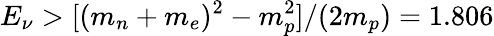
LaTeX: E_{\nu}>[(m_{n}+m_{e})^{2}-m_{p}^{2}]/(2m_{p})=1.806